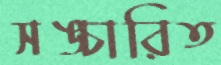
সঙ্চারিত